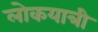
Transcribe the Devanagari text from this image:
लोकयात्री